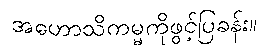
အဟောသိကမ္မကိုဖွင့်ပြခန်း။